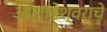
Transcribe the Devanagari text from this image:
ओलांडेश्वराचे